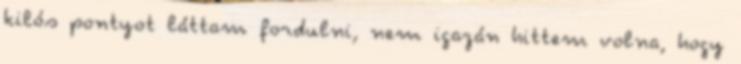
kilós pontyot láttam fordulni, nem igazán hittem volna, hogy